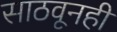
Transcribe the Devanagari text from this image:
साठवूनही